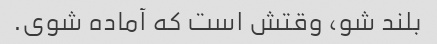
بلند شو، وقتش است که آماده شوی.